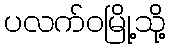
ပလက်ဝမြို့သို့